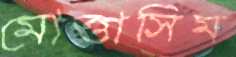
মোত্তাসিম